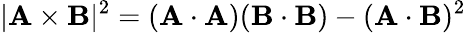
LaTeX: |\mathbf{A}\times\mathbf{B}|^{2}=(\mathbf{A}\cdot\mathbf{A})(\mathbf{B}\cdot\mathbf{B})-(\mathbf{A}\cdot\mathbf{B})^{2}